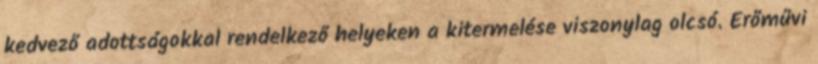
kedvező adottságokkal rendelkező helyeken a kitermelése viszonylag olcsó. Erőművi